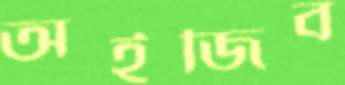
অইজিব